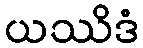
ယဿိဒံ